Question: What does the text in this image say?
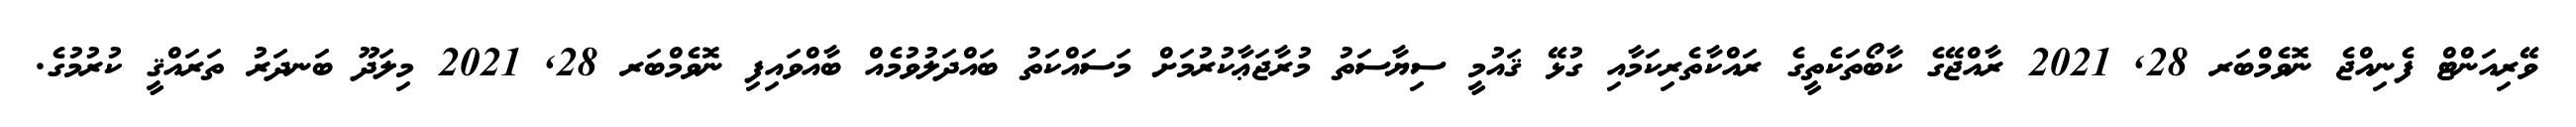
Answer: ވޭރިއަންޓް ފެނިއްޖެ ނޮވެމްބަރ 28, 2021 ރާއްޖޭގެ ކާބޯތަކެތީގެ ރައްކާތެރިކަމާއި ގުޅޭ ޤައުމީ ސިޔާސަތު މުރާޖަޢާކުރުމަށް މަސައްކަތު ބައްދަލުވުމެއް ބާއްވައިފި ނޮވެމްބަރ 28, 2021 މިލަދޫ ބަނދަރު ތަރައްޤީ ކުރުމުގެ.